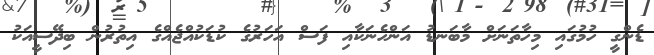
ޑެންގީ ހުމުގައި މިހާތަނަށް މާބަނޑު އަންހެނަކާއި ފަސް އަހަރުގެ ކުޑަކުއްޖެއްގެ އިތުރުން ބިދޭސީއަކު